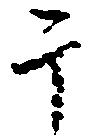
干